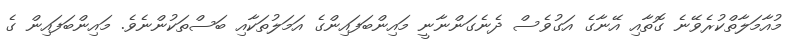
މުއާމަލާތްކުރެވޭނެ ގޮތާއި އޭނާގެ އަގުވެސް ދެނެގަންނާނީ މައިންބަފައިންގެ އަމަލުތަކާއި ބަސްތަކުންނެވެ. މައިންބަފައިން ގެ